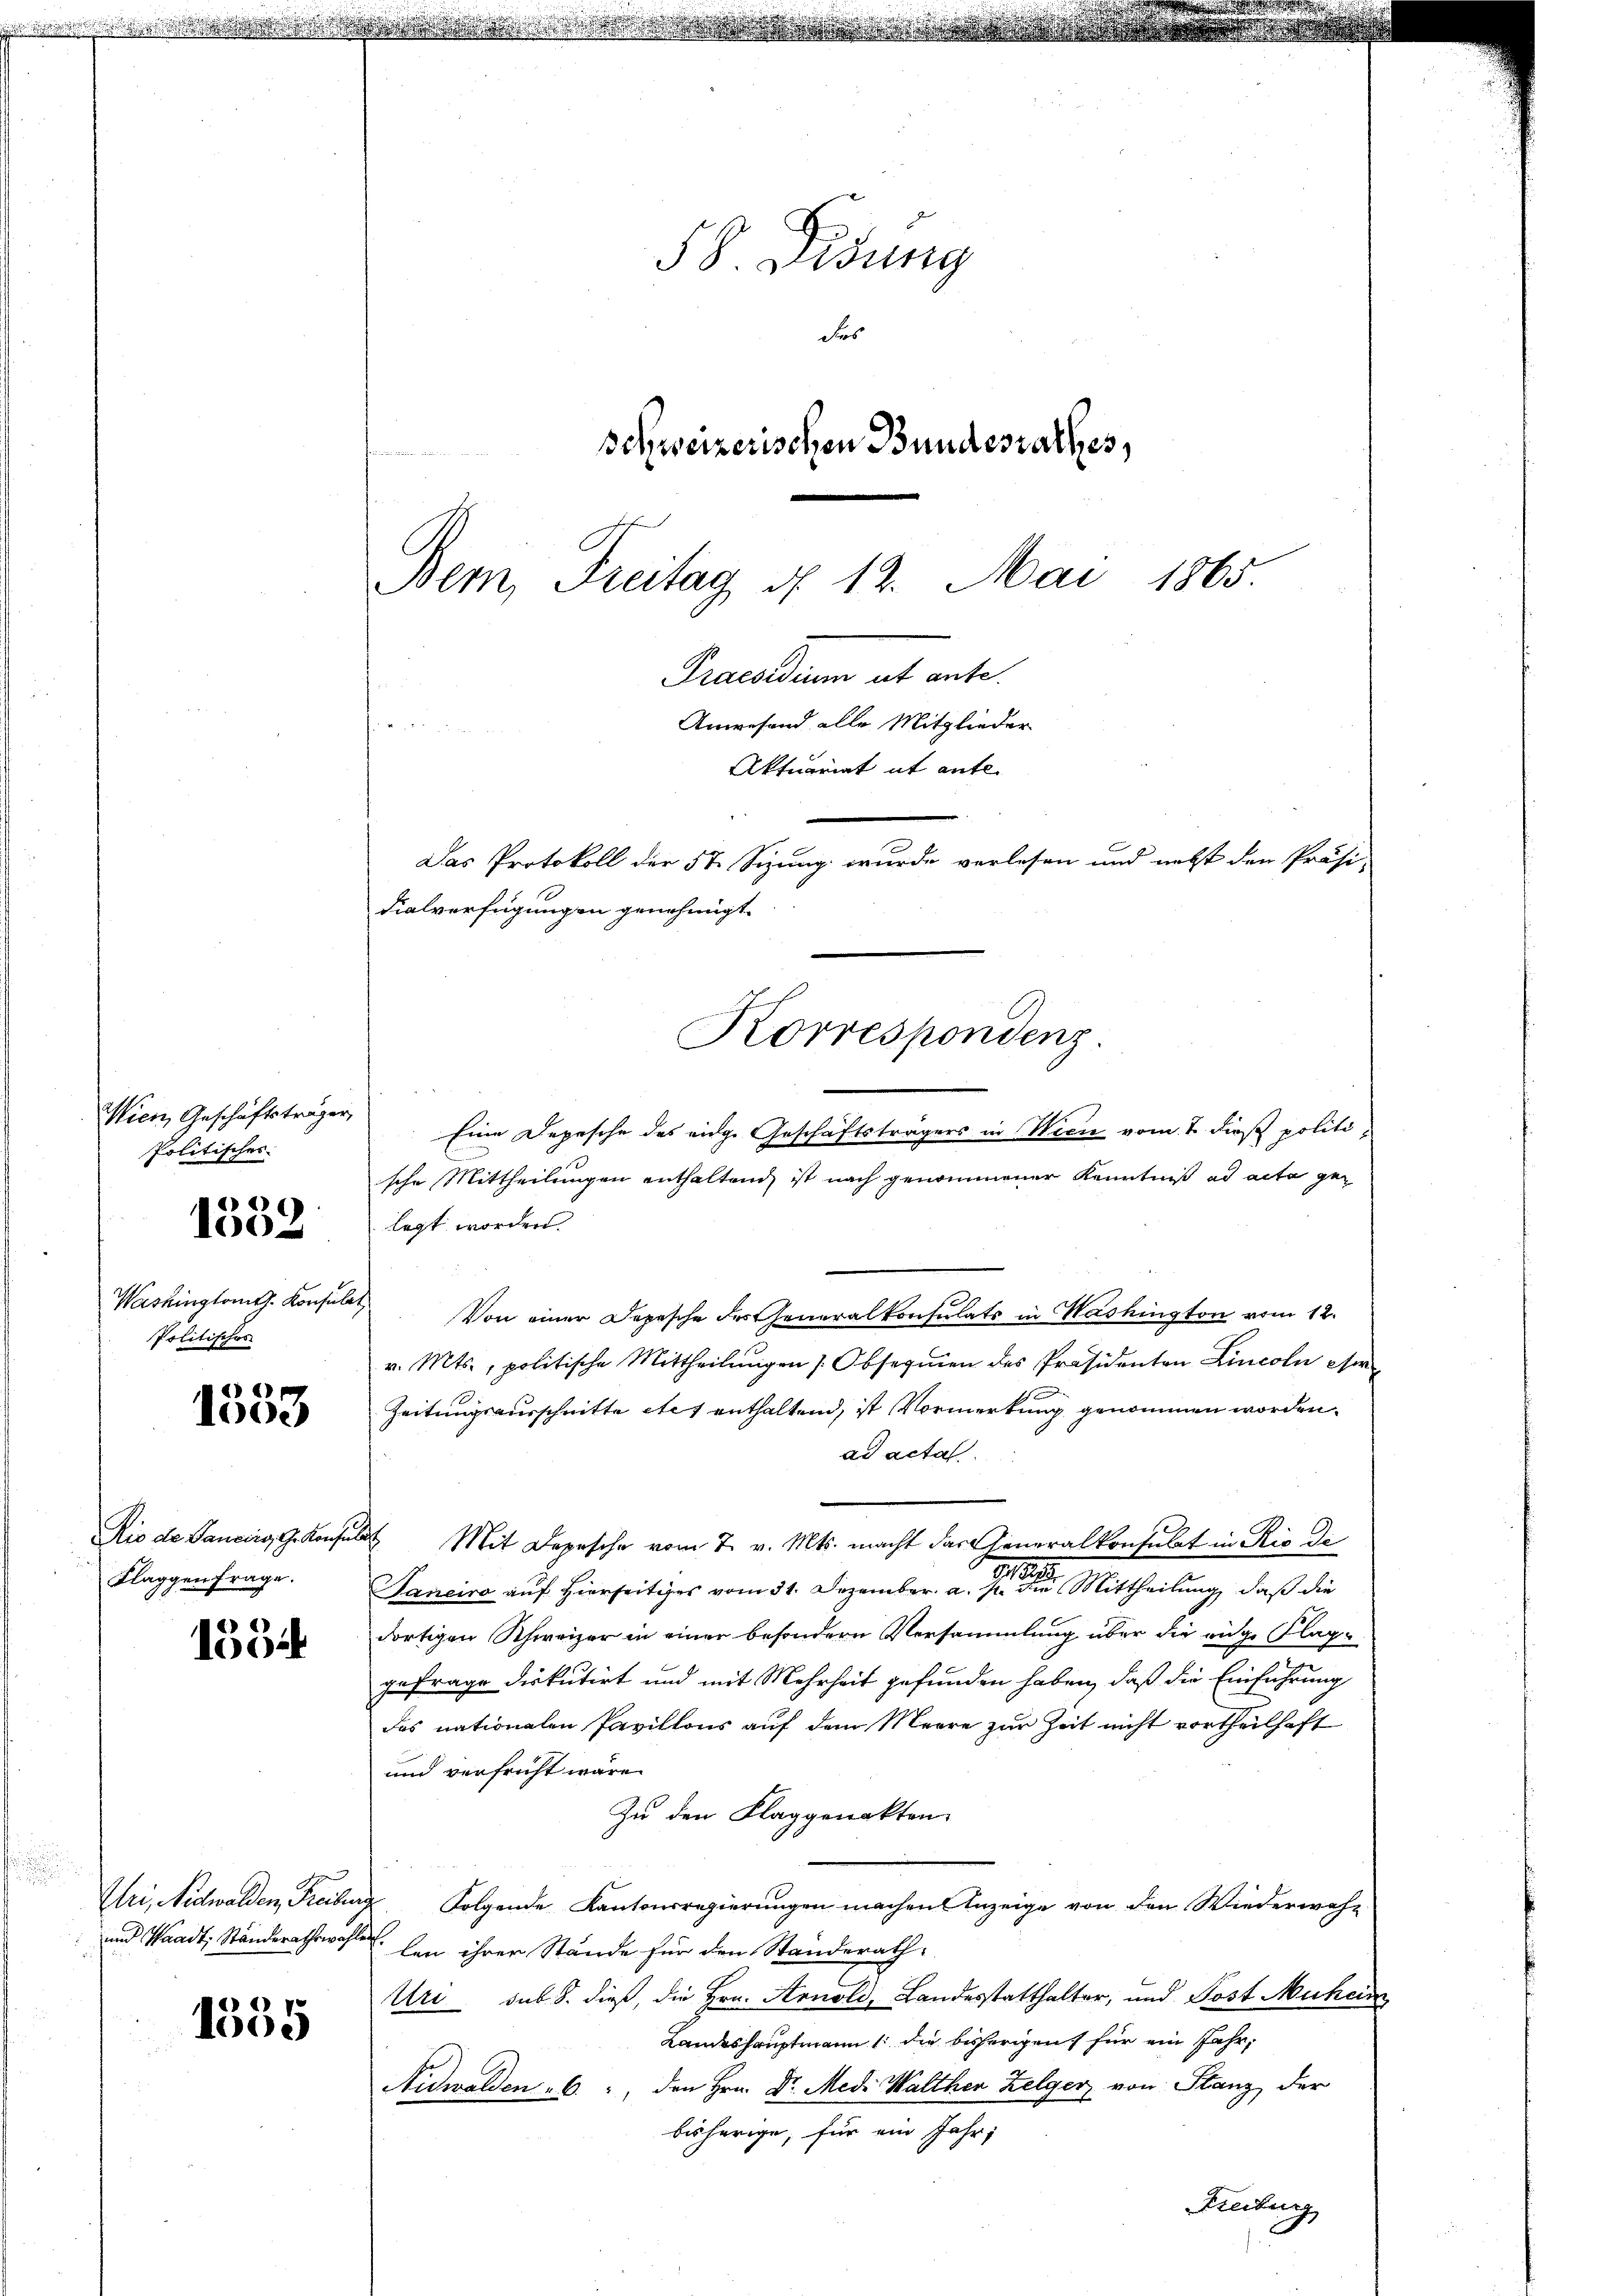
1532

Wien, Geschäftsträger
Politisches

Politisches

«)
1000

Flaggenfrage.

6
1502

und Waadt, Ständerathswahlen

1335

58. Gesung
des
Schweizerischen Bundesrathes,

Bem, Freitag d. 12. Mai 1865.
Praesiduum ab ante.
Anwesend alle Mitglieder
t
Aktuariat it ante-
Das Protokoll der 5te Sizung wurde verlesen und nebst den Präsi-
dialverfügungen genehmigt.
Korrespondenz

d

Eine Depesche des eige Geschäftsträgers in Wien vom 7. dies politische Mittheilungen enthaltend ist nach genommener Kenntniß ad acta gelegt worden.
Washingtont. Konsule) Von einer Depesche des Generalkonsulats in Washington vom 12.
v. Mts., politische Mittheilŭngen Obserien des Präsidenten Lincoln am
Zeitungsausschnitte etc. enthaltend, ist Vormerkung genommen worden.
ad acta
Rio de Janeirg, G. Konsuls Mit Depesche vom 7. v. Mts. macht das Generalkonsulat in Rio de
Sancira auf Hierseitiges vom 31. Dezember. a. eine Mittheilung, daß die
dortigen Schweizer in einer besondern Versammlung über die eige Klage
gefrage diskutirt und mit Mehrheit gefunden haben, daß die Einführung
das nationalen Pavillons auf dem Meere zur Zeit nicht vortheilhaft
und verfrüht wäre.
Zu den Klaggenakten.
Uri, Nidwalden, Freiburg. Folgende Kantonsregierungen machen Anzeige von den Wiederwehn
len ihrer Stände für den Standerath
Uri sub. 8. dieß, die Hrn. Arnold, Landesstatthalter, und Post Muheim
Landeshauptmann 1. die bisherigen für ein Jahr,
den Hrn. Dr. Med. Walther Zelger von Stanz der
Nidwalden 6.
bisherige, für ein Jahr,
Freiburg